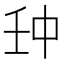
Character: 𠁪